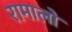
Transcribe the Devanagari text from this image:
रामालो